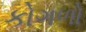
કોગળો